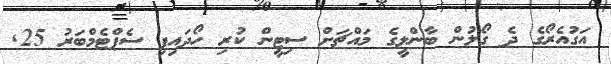
އަގުއެރޯގެ ދެ ގޯލުން ބާންލީގެ މައްޗަށް ސިޓީން ކުރި ހޯދައިފި ސެޕްޓެމްބަރު 25